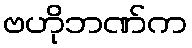
ဗဟိုဘဏ်က